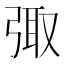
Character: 𪪿